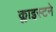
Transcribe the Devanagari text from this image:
क्लाइस्टने